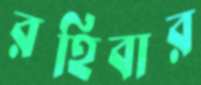
রহিবার